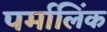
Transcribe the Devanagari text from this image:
पर्मालिंक